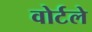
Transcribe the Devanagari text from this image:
वोर्टले